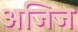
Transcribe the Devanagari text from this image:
अजिज